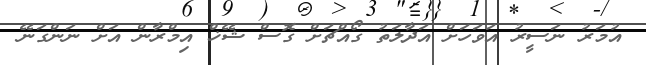
އުމަރު ނަސީރު އަވަހަށް އަދާލަތު ގޯއްޗަށް ގޮސް ޝޭޚް އިމްރާން އަށް ނަންގަނޭ